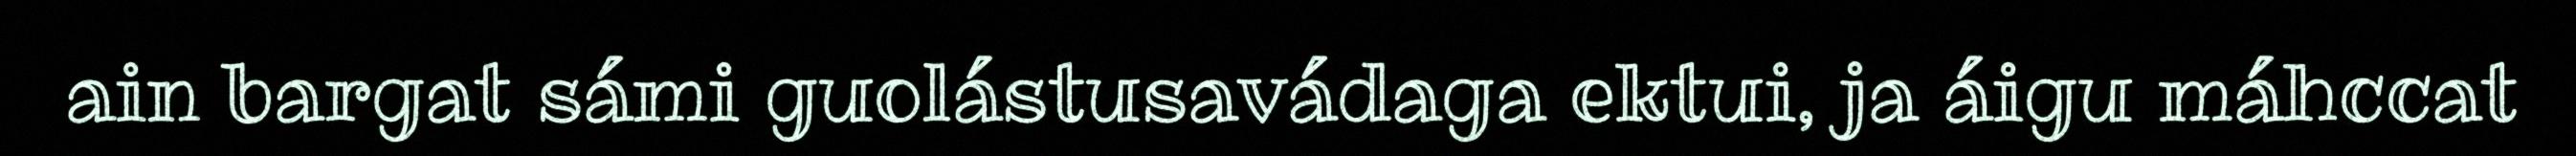
ain bargat sámi guolástusavádaga ektui, ja áigu máhccat